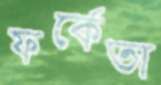
ফর্কেতা